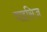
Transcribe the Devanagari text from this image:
वाइसिज़